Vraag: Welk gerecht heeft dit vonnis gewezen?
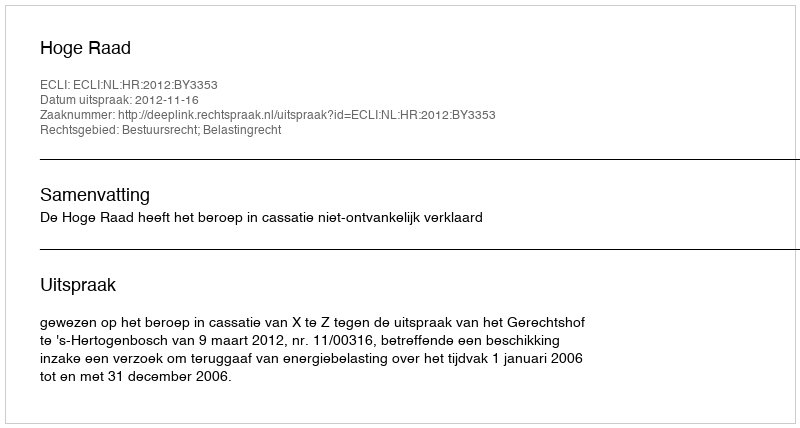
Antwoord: Hoge Raad